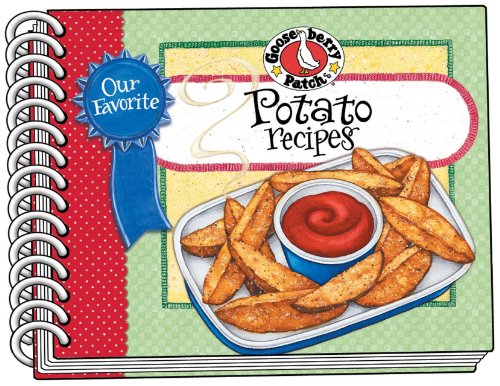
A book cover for Our Favorite Potato Recipes (Our Favorite Recipes Collection); Gooseberry Patch; Cookbooks, Food & Wine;